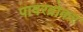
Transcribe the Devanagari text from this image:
पावरब्रोकर